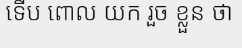
ទើប ពោល យក រួច ខ្លួន ថា